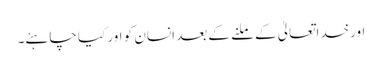
اورخداتعالیٰ کے ملنے کے بعد انسان کو اور کیا چاہئے۔